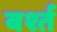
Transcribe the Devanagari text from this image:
बर्श्त